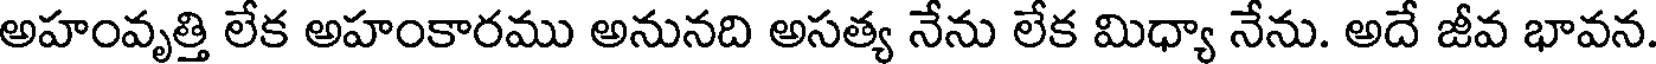
అహంవృత్తి లేక అహంకారము అనునది అసత్య నేను లేక మిధ్యా నేను. అదే జీవ భావన